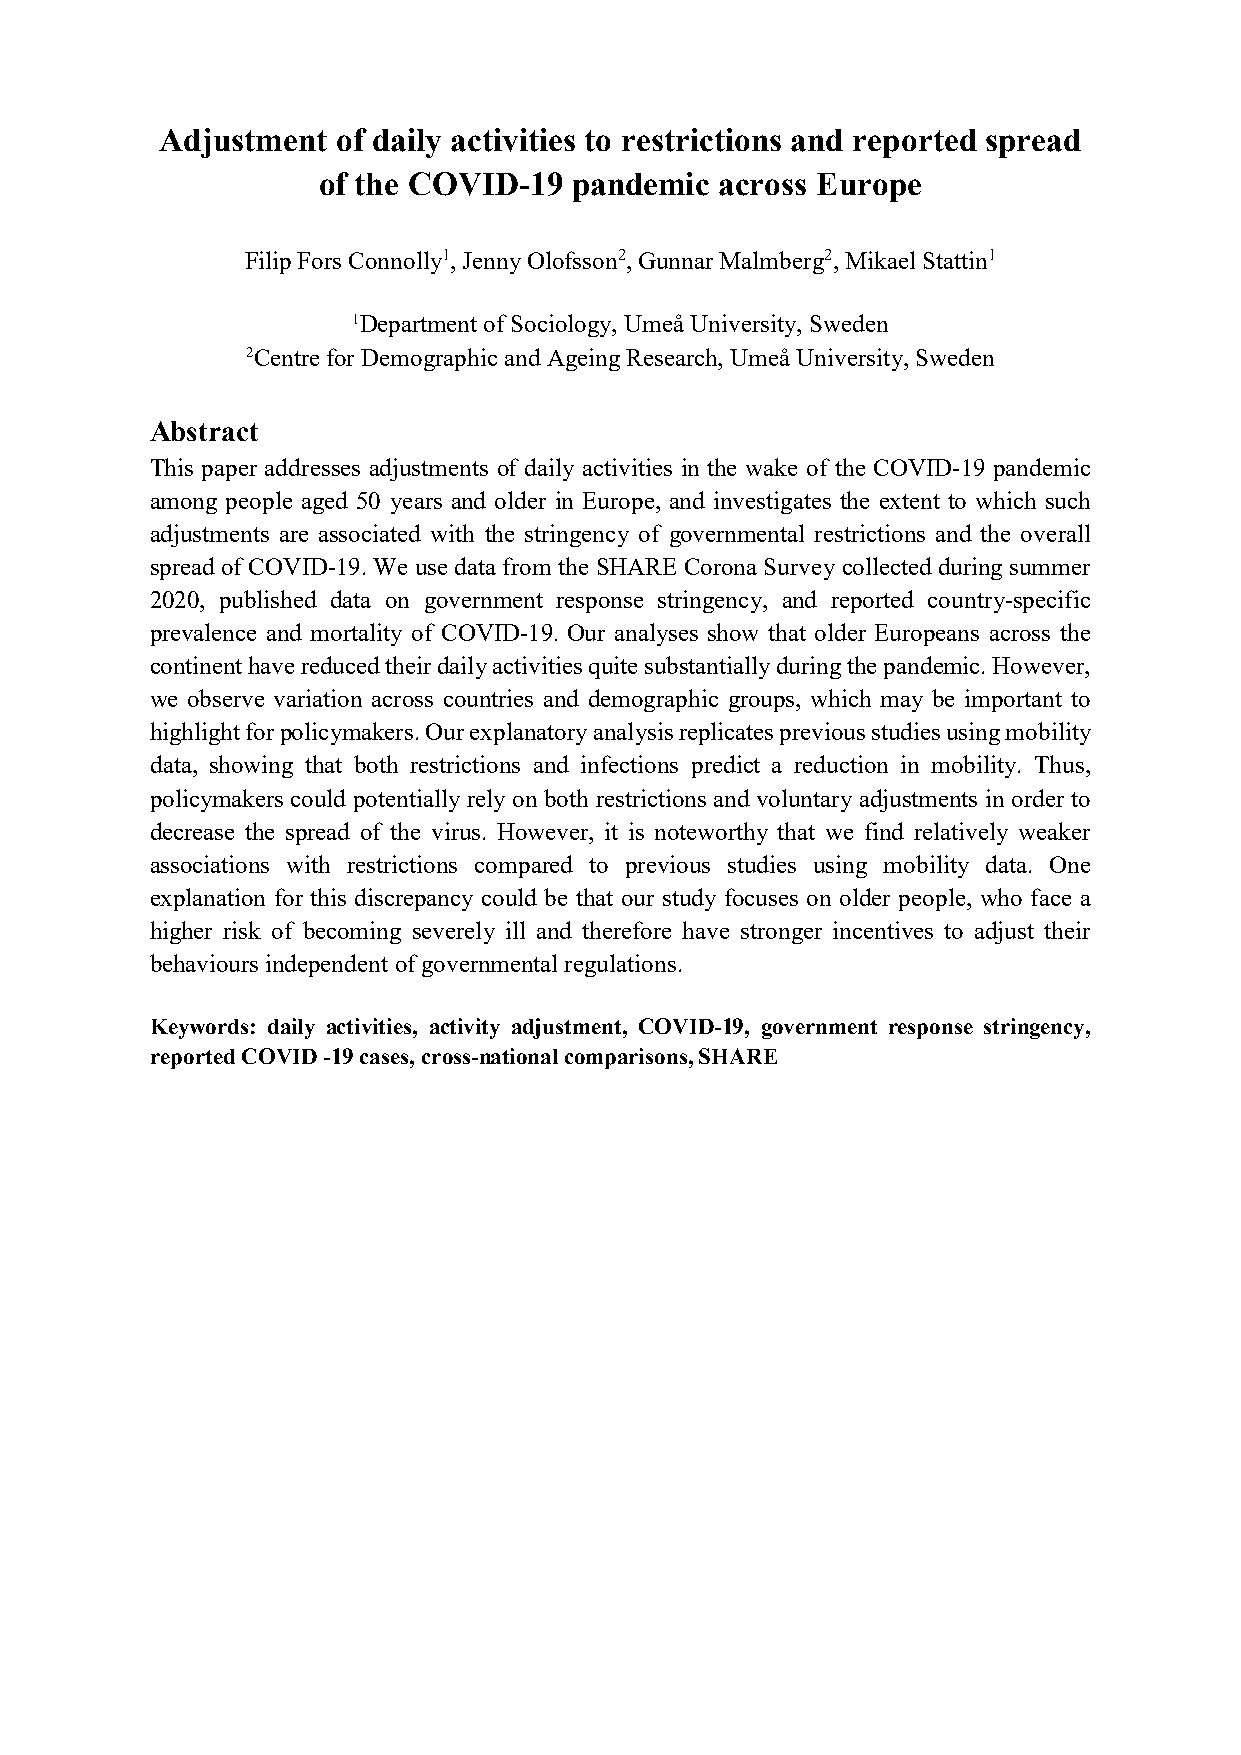
Adjustment of daily activities to restrictions and reported spread
 of the COVID-19  pandemic  across Europe
 Filip Fors Connolly1, Jenny Olofsson2, Gunnar Malmberg2, Mikael Stattin1
 1Department of Sociology, Umeå University, Sweden
 2Centre for Demographic and Ageing Research, Umeå University, Sweden
 Abstract
 This paper addresses adjustments of daily activities in the wake of the COVID-19 pandemic
 among people aged 50 years and older in Europe, and investigates the extent to which such
 adjustments are associated with the stringency of governmental restrictions and the overall
 spread of COVID-19. We use data from the SHARE Corona Survey collected during summer
 2020, published data on government response stringency, and reported country-specific
 prevalence and mortality of COVID-19. Our analyses show that older Europeans across the
 continent have reduced their daily activities quite substantially during the pandemic. However,
 we observe variation across countries and demographic groups, which may be important to
 highlight for policymakers. Our explanatory analysis replicates previous studies using mobility
 data, showing that both restrictions and infections predict a reduction in mobility. Thus,
 policymakers could potentially rely on both restrictions and voluntary adjustments in order to
 decrease the spread of the virus. However, it is noteworthy that we find relatively weaker
 associations with restrictions compared to previous studies using mobility data. One
 explanation for this discrepancy could be that our study focuses on older people, who face a
 higher risk of becoming severely ill and therefore have stronger incentives to adjust their
 behaviours independent of governmental regulations.
 Keywords: daily activities, activity adjustment, COVID-19, government response stringency,
 reported COVID -19 cases, cross-national comparisons, SHARE